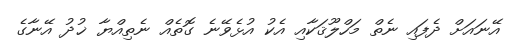
އޭނައަށް ދެފައި ނެތް މަހްލޫޤަކާއި އެކު އުޅެވޭނެ ގޮތެއް ނެތިއްޔާ ޚުދު އޭނާގެ